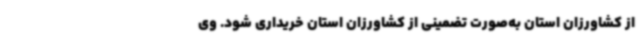
از کشاورزان استان به‌صورت تضمینی از کشاورزان استان خریداری شود. وی